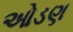
ઓડણ